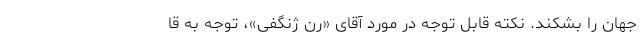
جهان را بشکند. نکته قابل توجه در مورد آقای «رن ژنگفی»، توجه به قا